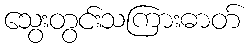
သွေးတွင်းသကြားဓာတ်